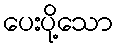
ပေးပို့သော